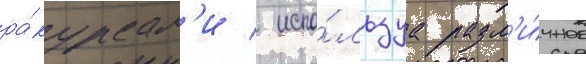
ра́курсам'и / испо́льзуа разл'и́чное